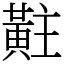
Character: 黈